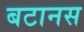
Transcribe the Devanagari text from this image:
बटानस